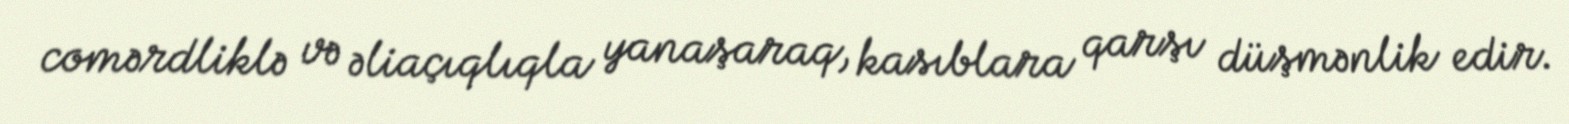
comərdliklə və əliaçıqlıqla yanaşaraq, kasıblara qarşı düşmənlik edir.